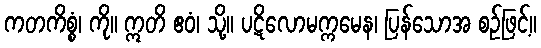
ကတကိစ္စံ၊ ကို။ ဣတိ ဧဝံ၊ သို့။ ပဋိလောမက္ကမေန၊ ပြန်သောအ စဉ်ဖြင့်။